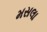
મસલા